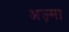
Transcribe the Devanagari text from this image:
अज़्मा